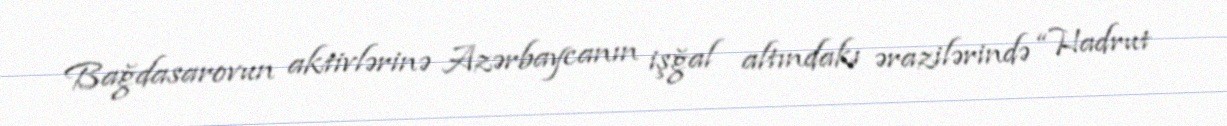
Bağdasarovun aktivlərinə Azərbaycanın işğal altındakı ərazilərində “Hadrut